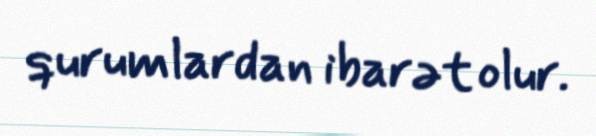
qurumlardan ibarət olur.